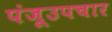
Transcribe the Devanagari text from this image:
पंजूउपचार